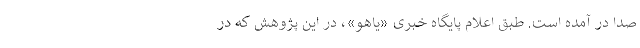
صدا در آمده است. طبق اعلام پایگاه خبری «یاهو»، در این پژوهش که در